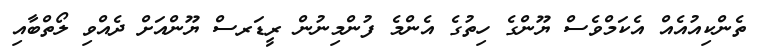
ތެންކިއުއެއް އެކަމްވެސް ޔޫންގެ ހިތުގެ އެންމެ ފުންމިނުން ރީޑަރސް ޔޫންއަށް ދެއްވި ލޯތްބާއި